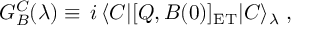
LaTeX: G _ { B } ^ { C } ( \lambda ) \equiv \, i \, \langle C | [ Q , B ( 0 ) ] _ { \mathrm { E T } } | C \rangle _ { \lambda } \; ,